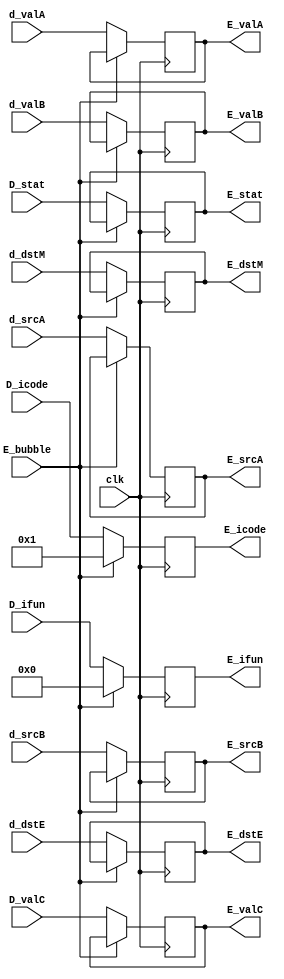
module EXECUTE_REG(clk,E_bubble,D_stat,D_icode,D_ifun,D_valC,d_valA,
d_valB,d_dstE,d_dstM,d_srcA,d_srcB,
E_stat,E_icode,E_ifun,E_valC,E_valA,E_valB,E_dstE,E_dstM,
E_srcA,E_srcB);

input clk;
input E_bubble;
input [2:0]D_stat;
input [3:0]D_icode; 
input [3:0]D_ifun; 
input [3:0]d_dstE;
input [3:0]d_dstM;
input [3:0]d_srcA;
input [3:0]d_srcB;
input [63:0]d_valA;
input [63:0]d_valB;
input [63:0]D_valC;


output reg [2:0] E_stat;
output reg [3:0] E_icode; 
output reg [3:0] E_ifun;
output reg [3:0]E_dstE;
output reg [3:0]E_dstM;;
output reg [3:0]E_srcA;
output reg [3:0]E_srcB;
output reg [63:0]E_valC;
output reg [63:0]E_valA;
output reg [63:0]E_valB;


always @(posedge(clk)) begin
	
	case (E_bubble)
		4'h1:begin
			E_icode <= 4'h1;
			E_ifun <= 4'h0;
		end
		default:begin
			E_stat <= D_stat;
			E_icode <= D_icode;
			E_ifun <= D_ifun;
			E_valC <= D_valC;
			E_valA <= d_valA;
			E_valB <= d_valB;
			E_dstE <= d_dstE;
			E_dstM <= d_dstM;
			E_srcA <= d_srcA;
			E_srcB <= d_srcB;
		end
	endcase

end



endmodule